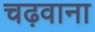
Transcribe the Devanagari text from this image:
चढ़वाना